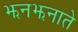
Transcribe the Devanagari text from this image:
झनझनाते